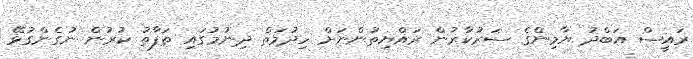
ރައީސް އަބްދު ޔާމިންގެ ސަރުކާރުން ރައްޔިތުންނަށް ހިދުމަތް ދިނުމުގައި ތަފާތު ކުރުން ނުގެންގުޅޭ